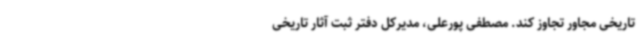
تاریخی مجاور تجاوز کند. مصطفی پورعلی، مدیرکل دفتر ثبت آثار تاریخی